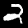
Digit: 2